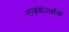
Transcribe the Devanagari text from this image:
राजकर्त्यांचे